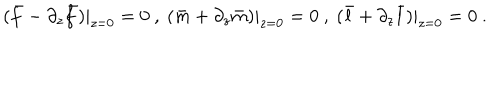
LaTeX: ( \bar { f } - \partial _ { z } \bar { f } ) | _ { z = 0 } = 0 \ , \ ( \bar { m } + \partial _ { z } \bar { m } ) | _ { z = 0 } = 0 \ , \ ( \bar { l } + \partial _ { z } \bar { l } ) | _ { z = 0 } = 0 \ .